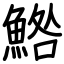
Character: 鯦